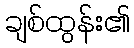
ချစ်ထွန်း၏